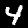
Label: 4